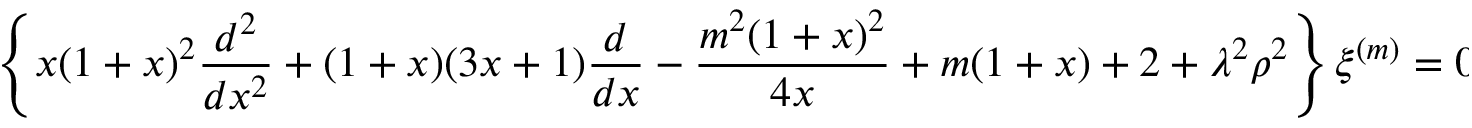
\left\{ x ( 1 + x ) ^ { 2 } \frac { d ^ { 2 } } { d x ^ { 2 } } + ( 1 + x ) ( 3 x + 1 ) \frac { d } { d x } - \frac { m ^ { 2 } ( 1 + x ) ^ { 2 } } { 4 x } + m ( 1 + x ) + 2 + \lambda ^ { 2 } \rho ^ { 2 } \right\} \xi ^ { ( m ) } = 0